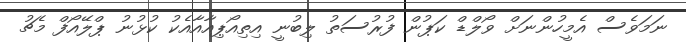
ނަމަވެސް އެމީހުންނަށް ވޯލްޑް ކަޕުން ފުރުސަތު ލިބުނީ އިތިއޯޕިއާއާއެކު ކުޅުނު ޕްލޭއޯފް މެޗު